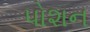
પોશન